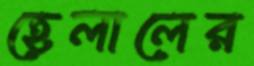
হেলালের